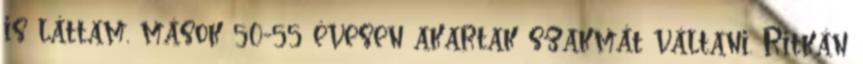
is láttam, mások 50-55 évesen akartak szakmát váltani. Ritkán